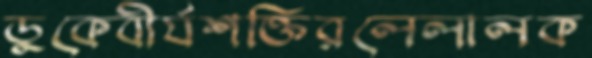
ডুকেবীর্যশক্তিরলেলালক